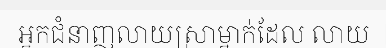
អ្នកជំនាញលាយស្រាម្នាក់ដែល លាយ